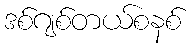
ဒစ်ဂျစ်တယ်စနစ်